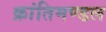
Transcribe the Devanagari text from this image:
क्रांतिमण्डल